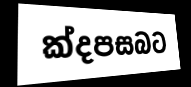
ක්දපසබට